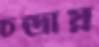
চন্দ্রায়